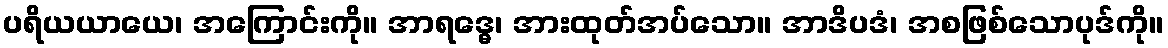
ပရိယယာယေ၊ အကြောင်းကို။ အာရဒ္ဓေ၊ အားထုတ်အပ်သော။ အာဒိပဒံ၊ အစဖြစ်သောပုဒ်ကို။